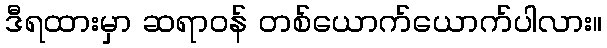
ဒီရထားမှာ ဆရာဝန် တစ်ယောက်ယောက်ပါလား။